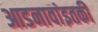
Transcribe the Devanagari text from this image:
आडनावांइतकी